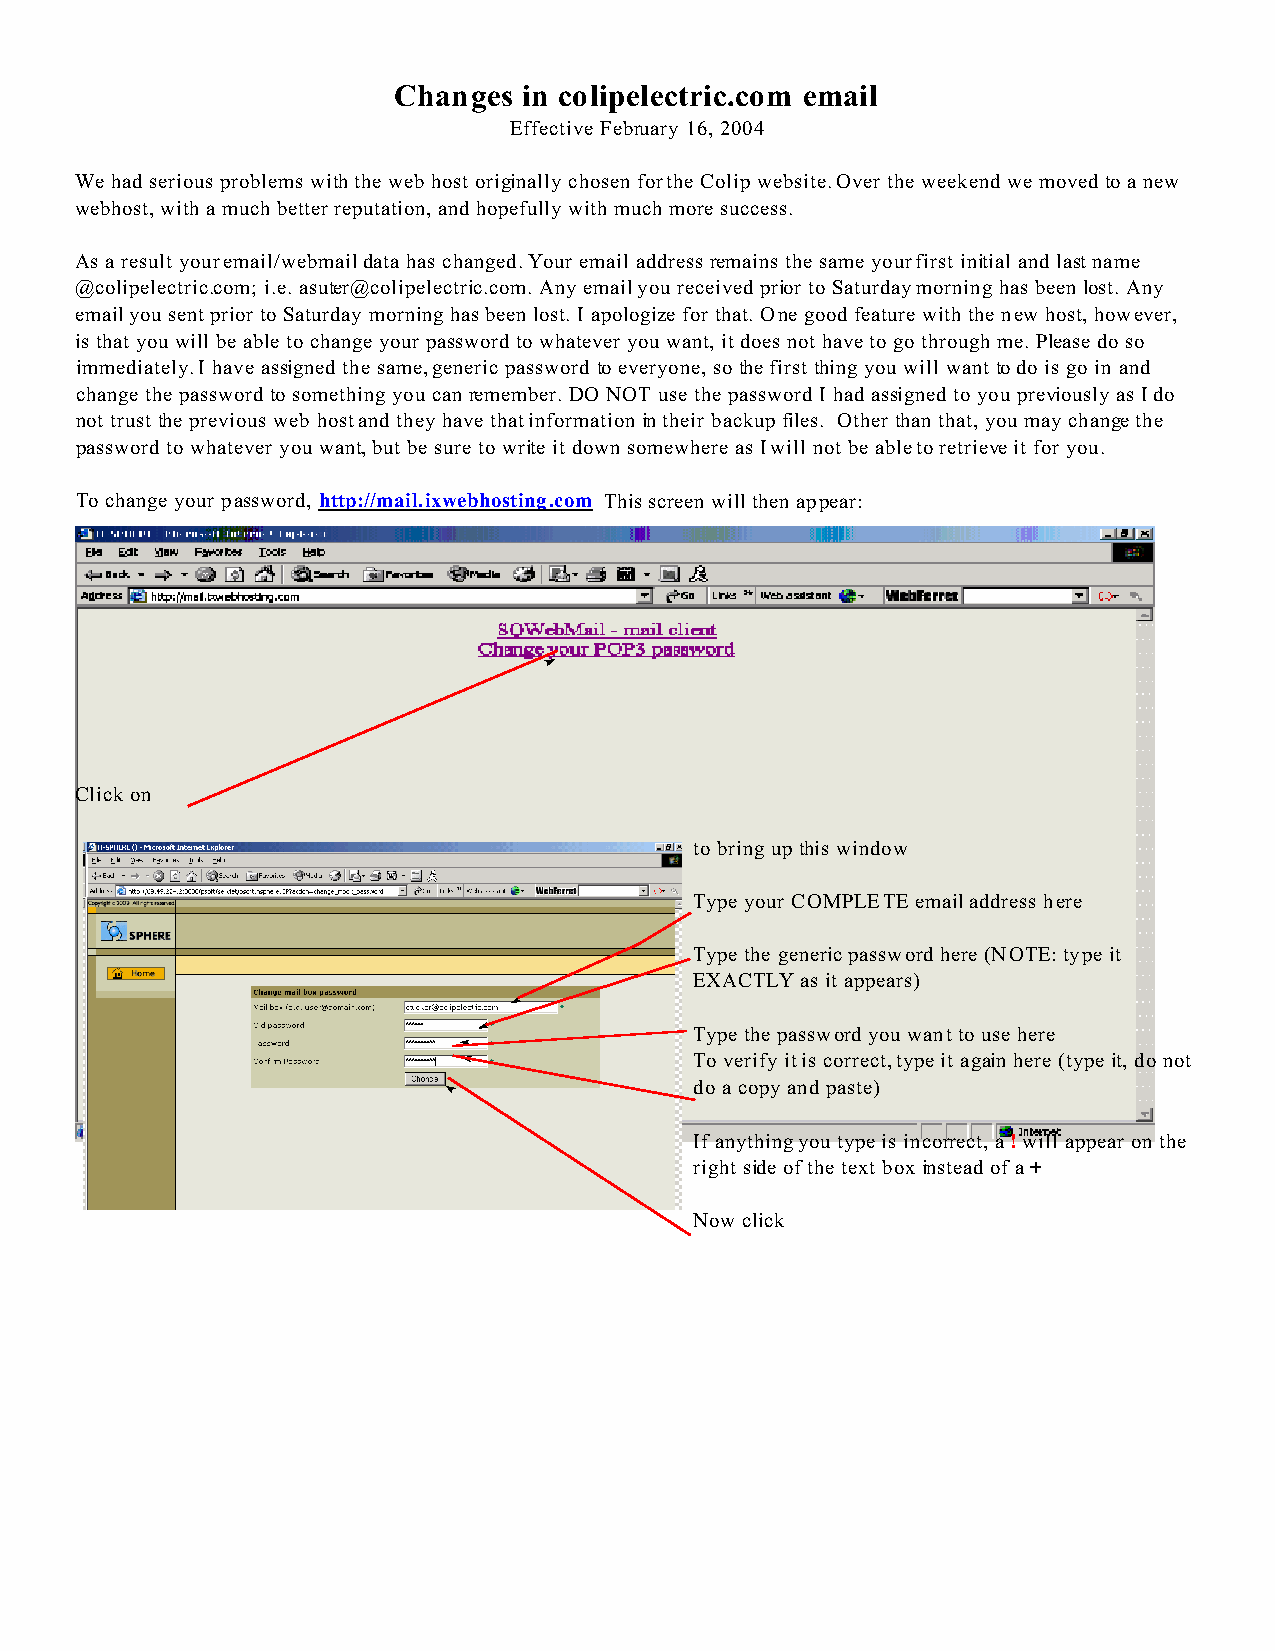
Changes  in colipelectric.com email
 Effective February 16, 2004
 We had serious problems with the web host originally chosen for the Colip website. Over the weekend we moved to a new
 webhost, with a much better reputation, and hopefully with much more success.
 As a result your email/webmail data has changed. Your email address remains the same your first initial and last name
 @colipelectric.com; i.e. asuter@colipelectric.com. Any email you received prior to Saturday morning has been lost. Any
 email you sent prior to Saturday morning has been lost. I apologize for that. One good feature with the new host, however,
 is that you will be able to change your password to whatever you want, it does not have to go through me. Please do so
 immediately. I have assigned the same, generic password to everyone, so the first thing you will want to do is go in and
 change the password to something you can remember. DO NOT use the password I had assigned to you previously as I do
 not trust the previous web host and they have that information in their backup files. Other than that, you may change the
 password to whatever you want, but be sure to write it down somewhere as I will not be able to retrieve it for you.
 To change your password, http://mail.ixwebhosting.com This screen will then appear:
 Click on
 to bring up this window
 Type your COMPLETE email address here
 Type the generic password here (NOTE: type it
 EXACTLY as it appears)
 Type the password you want to use here
 To verify it is correct, type it again here (type it, do not
 do a copy and paste)
 If anything you type is incorrect, a ! will appear on the
 right side of the text box instead of a +
 Now click